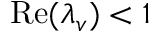
\mathrm { R e } ( \lambda _ { v } ) < 1